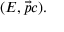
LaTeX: ( E , { \vec { p } } c ) .